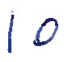
Text: 10
Cross-out: clean
Writing tool: ballpoint